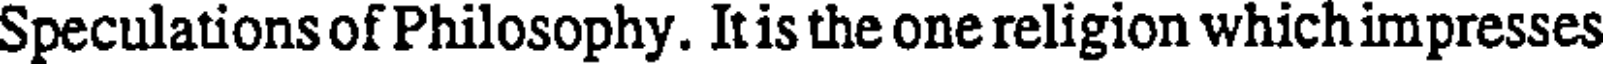
Speculations of Philosophy. It is the one religion which impresses